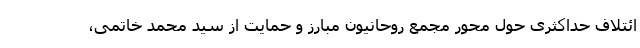
ائتلاف حداکثری حول محور مجمع روحانیون مبارز و حمایت از سید محمد خاتمی،